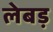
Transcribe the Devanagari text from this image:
लेबड़